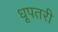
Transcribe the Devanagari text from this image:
धूपतरी